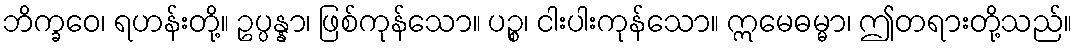
ဘိက္ခဝေ၊ ရဟန်းတို့။ ဥပ္ပန္နာ၊ ဖြစ်ကုန်သော။ ပဉ္စ၊ ငါးပါးကုန်သော။ ဣမေဓမ္မာ၊ ဤတရားတို့သည်။